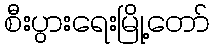
စီးပွားရေးမြို့တော်